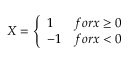
X = \left\{ \begin{array} { l l } { 1 } & { f o r x \ge 0 } \\ { - 1 } & { f o r x < 0 } \end{array} \right.